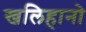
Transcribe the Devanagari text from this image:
खलिहानो